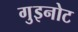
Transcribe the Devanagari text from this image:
गुइनोट